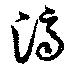
済